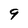
Character: 9